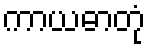
ကာယဓာတုံ